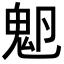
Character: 𩲂